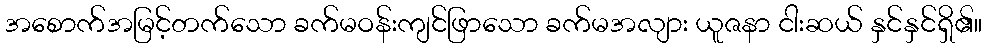
အစောက်အမြင့်တက်သော ခက်မဝန်းကျင်ဖြာသော ခက်မအလျား ယူဇနာ ငါးဆယ် နှင်နှင်ရှိ၏။